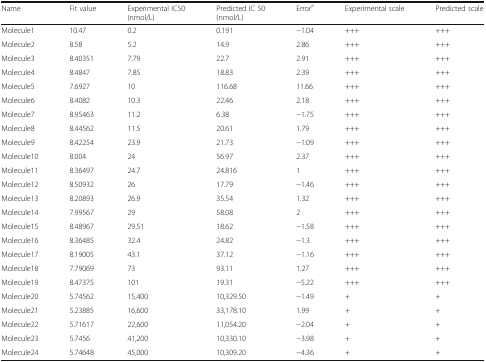
<table><thead><tr><td><b>Name</b></td><td><b>Fit value</b></td><td><b>Experimental IC50 (nmol/L)</b></td><td><b>Predicted IC 50 (nmol/L)</b></td><td><b>Error<sup>a</sup></b></td><td><b>Experimental scale</b></td><td><b>Predicted scale</b></td></tr></thead><tbody><tr><td>Molecule1</td><td>10.47</td><td>0.2</td><td>0.191</td><td>−1.04</td><td>+++</td><td>+++</td></tr><tr><td>Molecule2</td><td>8.58</td><td>5.2</td><td>14.9</td><td>2.86</td><td>+++</td><td>+++</td></tr><tr><td>Molecule3</td><td>8.40351</td><td>7.79</td><td>22.7</td><td>2.91</td><td>+++</td><td>+++</td></tr><tr><td>Molecule4</td><td>8.4847</td><td>7.85</td><td>18.83</td><td>2.39</td><td>+++</td><td>+++</td></tr><tr><td>Molecule5</td><td>7.6927</td><td>10</td><td>116.68</td><td>11.66</td><td>+++</td><td>+++</td></tr><tr><td>Molecule6</td><td>8.4082</td><td>10.3</td><td>22.46</td><td>2.18</td><td>+++</td><td>+++</td></tr><tr><td>Molecule7</td><td>8.95463</td><td>11.2</td><td>6.38</td><td>−1.75</td><td>+++</td><td>+++</td></tr><tr><td>Molecule8</td><td>8.44562</td><td>11.5</td><td>20.61</td><td>1.79</td><td>+++</td><td>+++</td></tr><tr><td>Molecule9</td><td>8.42254</td><td>23.9</td><td>21.73</td><td>−1.09</td><td>+++</td><td>+++</td></tr><tr><td>Molecule10</td><td>8.004</td><td>24</td><td>56.97</td><td>2.37</td><td>+++</td><td>+++</td></tr><tr><td>Molecule11</td><td>8.36497</td><td>24.7</td><td>24.816</td><td>1</td><td>+++</td><td>+++</td></tr><tr><td>Molecule12</td><td>8.50932</td><td>26</td><td>17.79</td><td>−1.46</td><td>+++</td><td>+++</td></tr><tr><td>Molecule13</td><td>8.20893</td><td>26.9</td><td>35.54</td><td>1.32</td><td>+++</td><td>+++</td></tr><tr><td>Molecule14</td><td>7.99567</td><td>29</td><td>58.08</td><td>2</td><td>+++</td><td>+++</td></tr><tr><td>Molecule15</td><td>8.48967</td><td>29.51</td><td>18.62</td><td>−1.58</td><td>+++</td><td>+++</td></tr><tr><td>Molecule16</td><td>8.36485</td><td>32.4</td><td>24.82</td><td>−1.3</td><td>+++</td><td>+++</td></tr><tr><td>Molecule17</td><td>8.19005</td><td>43.1</td><td>37.12</td><td>−1.16</td><td>+++</td><td>+++</td></tr><tr><td>Molecule18</td><td>7.79069</td><td>73</td><td>93.11</td><td>1.27</td><td>+++</td><td>+++</td></tr><tr><td>Molecule19</td><td>8.47375</td><td>101</td><td>19.31</td><td>−5.22</td><td>+++</td><td>+++</td></tr><tr><td>Molecule20</td><td>5.74562</td><td>15,400</td><td>10,329.50</td><td>−1.49</td><td>+</td><td>+</td></tr><tr><td>Molecule21</td><td>5.23885</td><td>16,600</td><td>33,178.10</td><td>1.99</td><td>+</td><td>+</td></tr><tr><td>Molecule22</td><td>5.71617</td><td>22,600</td><td>11,054.20</td><td>−2.04</td><td>+</td><td>+</td></tr><tr><td>Molecule23</td><td>5.7456</td><td>41,200</td><td>10,330.10</td><td>−3.98</td><td>+</td><td>+</td></tr><tr><td>Molecule24</td><td>5.74648</td><td>45,000</td><td>10,309.20</td><td>−4.36</td><td>+</td><td>+</td></tr></tbody></table>